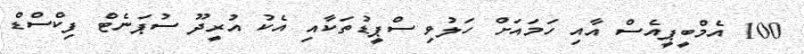
100 އެމްބީޕީއެސް އާއި ހަމައަށް ހަލުވި ސްޕީޑުތަކާއި އެކު އުރީދޫ ސުޕަނެޓް ފިކްސްޑް